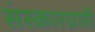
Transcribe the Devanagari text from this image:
संस्कारग्राही